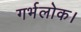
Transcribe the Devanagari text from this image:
गर्भलोक।